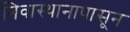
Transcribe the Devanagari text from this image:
निवास्थानापासून